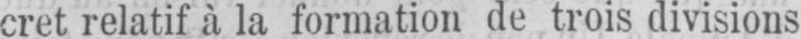
cret relatif à la formation de trois divisions